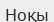
Ноқы